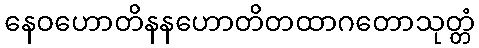
နေဝဟောတိနနဟောတိတထာဂတောသုတ္တံ